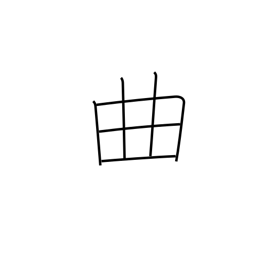
Meaning: fault